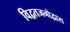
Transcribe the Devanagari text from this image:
विद्वतजनोद्वारा